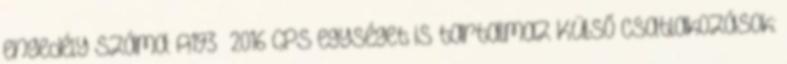
engedély száma: A193 2016 GPS egységet is tartalmaz Külső csatlakozások: